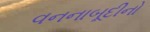
વનનાબૂદીનો